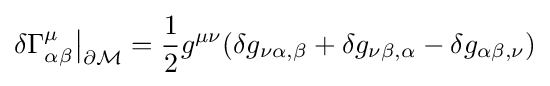
\delta \Gamma _{\alpha \beta }^{\mu }{\big |}_{\partial {\mathcal {M}}}={\frac {1}{2}}g^{\mu \nu }(\delta g_{\nu \alpha ,\beta }+\delta g_{\nu \beta ,\alpha }-\delta g_{\alpha \beta ,\nu })